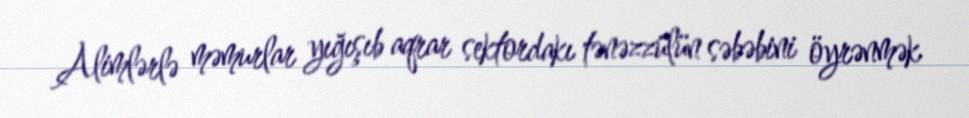
Alimlərlə məmurlar yığışıb aqrar sektordakı tənəzzülün səbəbini öyrənmək